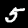
Label: 5